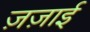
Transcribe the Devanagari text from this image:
ज़ज़ाई